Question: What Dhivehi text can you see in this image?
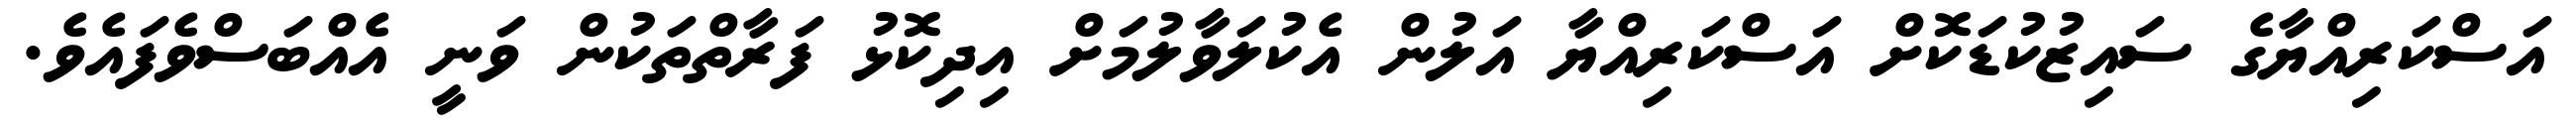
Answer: އަސްކަރިއްޔާގެ ސައިޒުކުޑަކޮށް އަސްކަރިއްޔާ އަލުން އެކުލަވާލުމަށް އިދިކޮޅު ފަރާތްތަކުން ވަނީ އެއްބަސްވެފައެވެ.